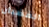
القضبان